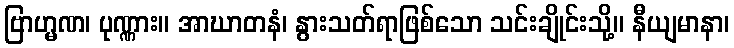
ဗြာဟ္မဏ၊ ပုဏ္ဏား။ အာဃာတနံ၊ နွားသတ်ရာဖြစ်သော သင်းချိုင်းသို့။ နီယျမာနာ၊